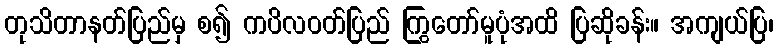
တုသိတာနတ်ပြည်မှ စ၍ ကပိလဝတ်ပြည် ကြွတော်မူပုံအထိ ပြဆိုခန်း။ အကျယ်ပြ၊